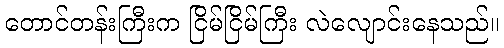
တောင်တန်းကြီးက ငြိမ်ငြိမ်ကြီး လဲလျောင်းနေသည်။